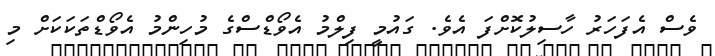
ވެސް އެފަހަރު ހާސިލުކޮށްފަ އެވެ. ގައުމީ ފިލްމު އެވޯޑްސްގެ މުހިންމު އެވޯޑްތަކަކަށް މި